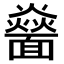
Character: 𩉅